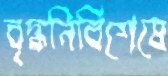
বৃদ্ধনির্বিশেষে